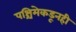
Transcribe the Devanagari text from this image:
पश्चिमेकडूनही